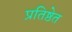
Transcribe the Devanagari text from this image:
प्रतिष्ठेत